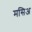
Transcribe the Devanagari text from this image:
मसिअ